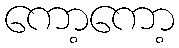
ကော့ကော့